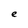
Character: e